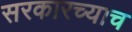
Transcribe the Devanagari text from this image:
सरकारच्याच